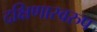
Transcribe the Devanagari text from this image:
दक्षिणास्वरुप